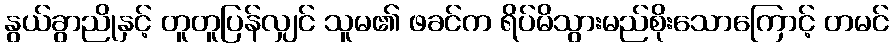
နွယ်ခွာညိုနှင့် တူတူပြန်လျှင် သူမ၏ ဖခင်က ရိပ်မိသွားမည်စိုးသောကြောင့် တမင်